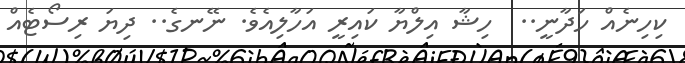
ކިހިނެއް ހަދާނީ..  ހިޝާ އިލްޔާ ކައިރީ އަހާލިއެވެ. ނޭނގެ.. ދިޔަ ރިސޯޓެއް